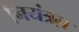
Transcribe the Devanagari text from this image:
नियंत्रऩ